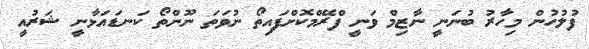
ފުލުހުން މިހާރު ބުނަނީ ނާޒިމް ވަނީ ފްރޭމްކޮށްފައިތޯ ނުވަތަ ނޫންތޯ ކަނޑައަޅާނީ ޝަރުއީ